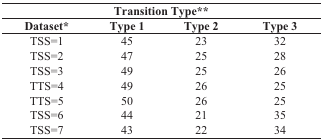
| <COLSPAN=4> Transition Type** |
 | Dataset* | Type 1 | Type 2 | Type 3 |
 | --- | --- | --- | --- |
 | TSS=1 | 45 | 23 | 32 |
 | TSS=2 | 47 | 25 | 28 |
 | TSS=3 | 49 | 25 | 26 |
 | TTS=4 | 49 | 26 | 25 |
 | TTS=5 | 50 | 26 | 25 |
 | TSS=6 | 44 | 21 | 35 |
 | TSS=7 | 43 | 22 | 34 |